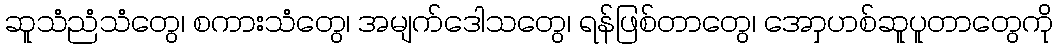
ဆူသံညံသံတွေ၊ စကားသံတွေ၊ အမျက်ဒေါသတွေ၊ ရန်ဖြစ်တာတွေ၊ အောှဟစ်ဆူပူတာတွေကို